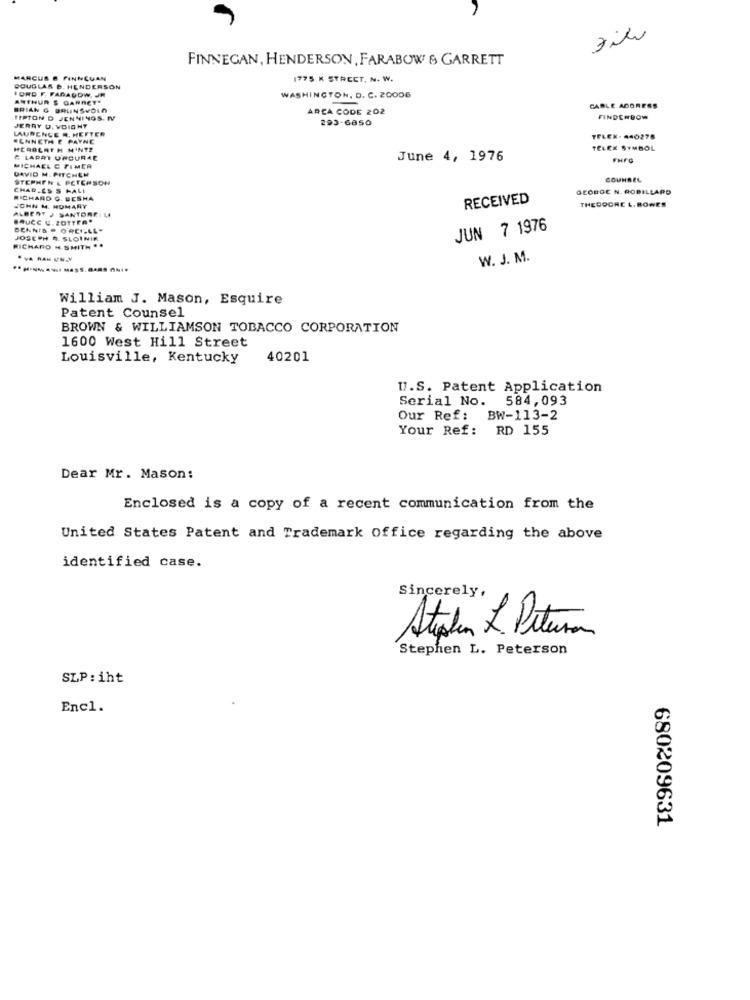
zili
FINNEGAN, HENDERSON, FARABOW & GARRETT
MARCUS & FINNEGAN
1775 K STREET. N. W.
DOUGLAS B. HENDERSON
ORD F. FARAGOW, JR
ARTHUR S GARRET*
WASHINGTON, D. C. 20006
BRIAN G BRUINSVOIn
AREA CODE 202
CABLE ADORESS
TIPTON D JENNINGS. IV
293-6850
FINDERDOW
LAURENGE A. HEFTER
JERRY U. VOIGHT
"GNNETH E PAYNE
TFLEX- 440278
HEROLATH MINTE
TELEK SYMBOL
C LAPAT UACURAE
June 4, 1976
FHFO
MICHAEL C FIMER
DAVID M. PITCHEN
STEPHEN & PETERSON
COUNSEL
CHARLES S HALL
GEORGE N. ROBILLARD
RICHARD C. DESHA
RECEIVED
ALBERT J SANTOREILI
JOHN M. HOMARY
THEDOORE L. BOWES
BRUCE C. ZOTTER"
DENNIS . O'REILL"
JUN 7 1976
JOSEPH R. SLOINIK
RICHARD H.SMITH "
W. J. M.
William J. Mason, Esquire
Patent Counsel
BROWN & WILLIAMSON TOBACCO CORPORATION
1600 West Hill Street
Louisville, Kentucky
40201
U.S. Patent Application
Serial No. 584,093
Our Ref: BW-113-2
Your Ref: RD 155
Dear Mr. Mason:
Enclosed is a copy of a recent communication from the
United States Patent and Trademark Office regarding the above
identified case.
Sincerely,
Stephen L. Peteron
Stephen L. Peterson
SLP : iht
Encl.
680209631